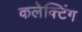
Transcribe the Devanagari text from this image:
कलेक्टिंग